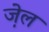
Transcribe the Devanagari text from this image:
जे़ल